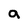
Character: a